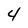
Character: 4